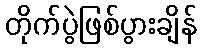
တိုက်ပွဲဖြစ်ပွားချိန်